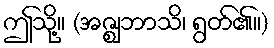
ဤသို့။ (အဇ္ဈဘာသိ၊ ရွတ်၏။)